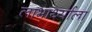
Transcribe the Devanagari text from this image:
लाभार्थ्याला